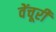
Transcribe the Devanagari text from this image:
वेंचूरी